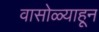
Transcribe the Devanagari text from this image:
वासोळ्याहून